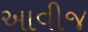
આવીજ